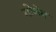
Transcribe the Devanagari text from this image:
गोलेम